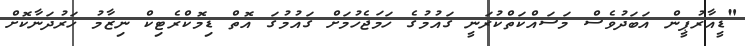
"ޑީއާރުޕީން އަބަދުވެސް މަސައްކަތްކުރަނީ ގައުމުގެ ހަމަޖެހުމަށް ގައުމުގަ އޮތް ޑިމޮކްރެޓިކް ނިޒާމު ހަރުދަނާކޮށް